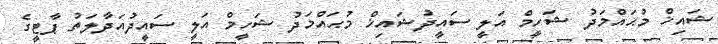
ޝައިޚް މުޙައްމަދު ޝަހީމް އަލީ ސައީދުޝައިޚް މުޙައްމަދު ޝަހީމް އަލީ ސައީދުއަދާލަތު ޕާޓީގެ